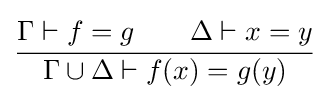
{\cfrac {\Gamma \vdash f=g\qquad \Delta \vdash x=y}{\Gamma \cup \Delta \vdash f(x)=g(y)}}